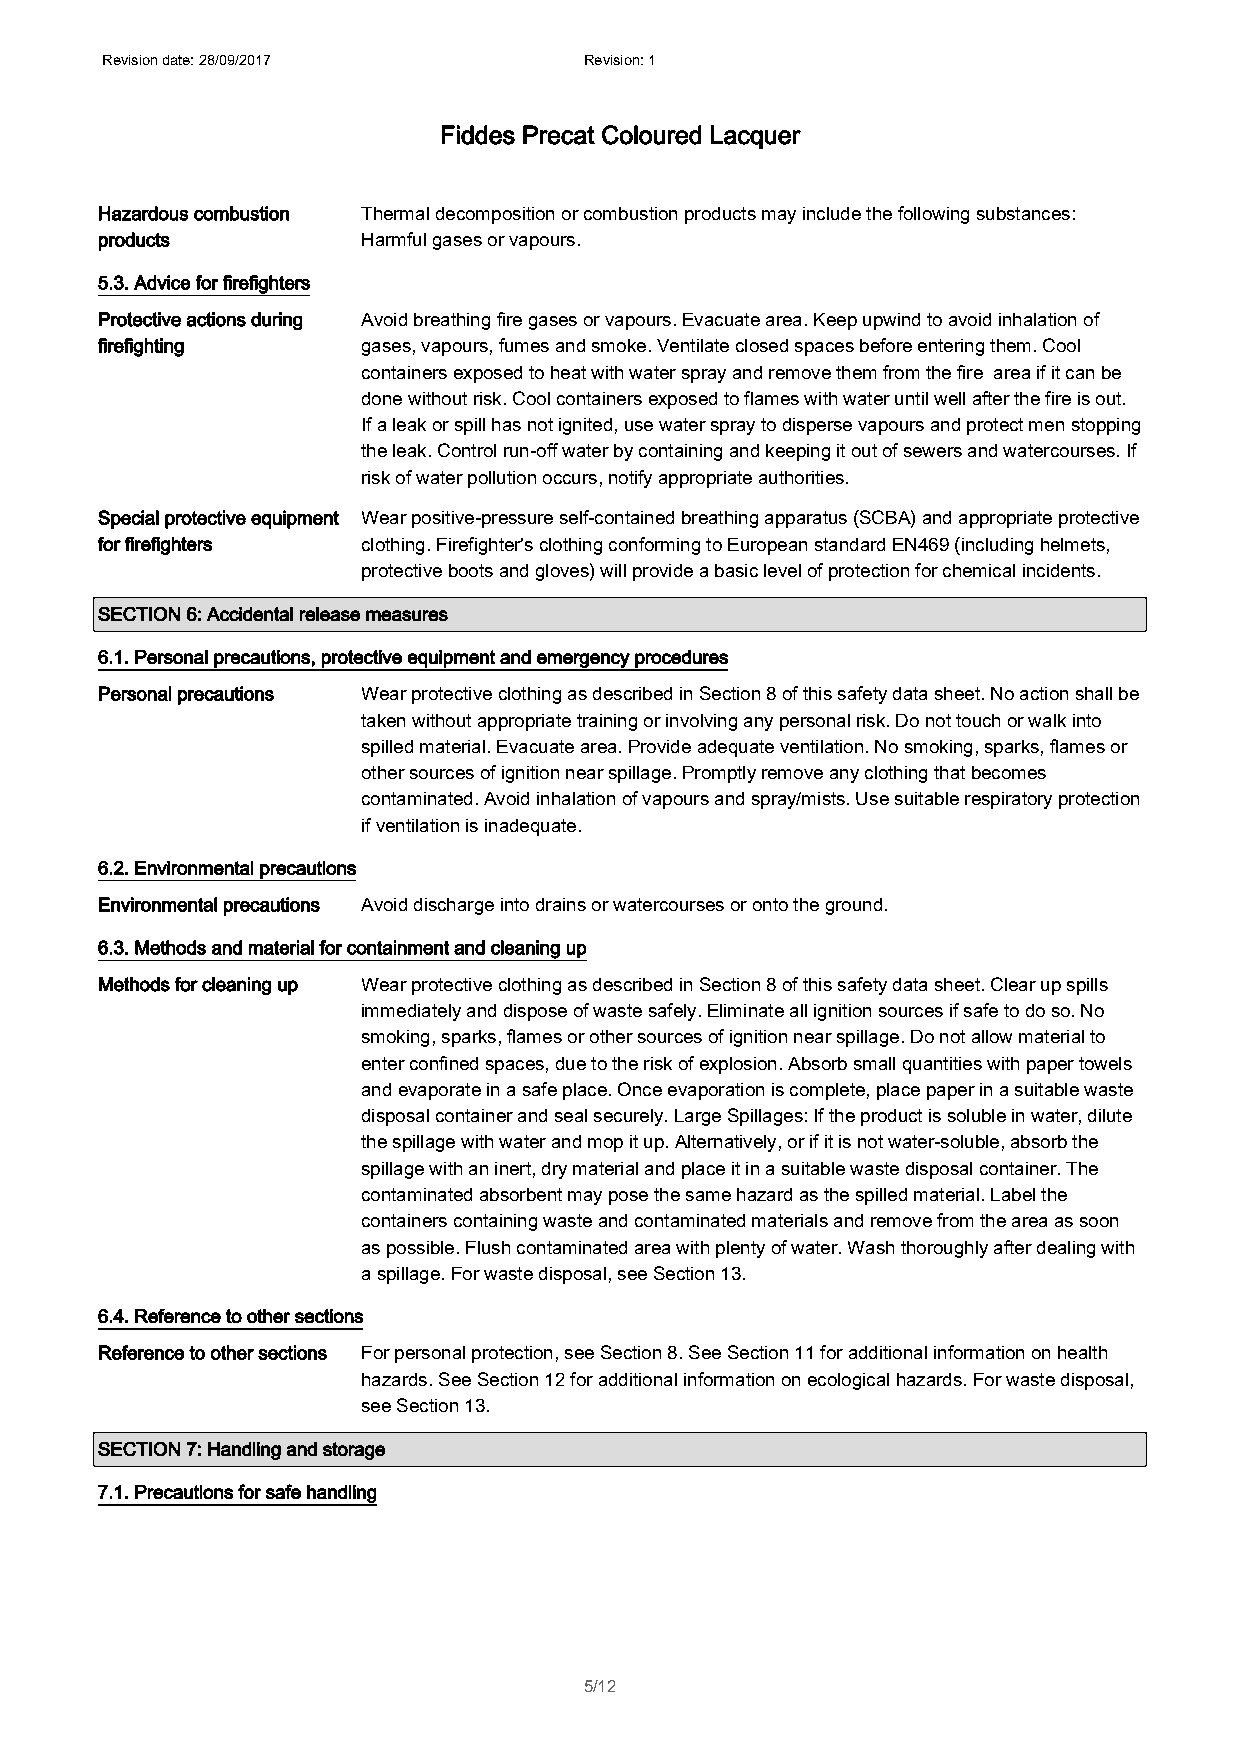
Revision date: 28/09/2017       Revision: 1
 Fiddes Precat Coloured Lacquer
 Hazardous combustion Thermal decomposition or combustion products may include the following substances:
 products          Harmful gases or vapours.
 5.3. Advice for firefighters
 Protective actions during Avoid breathing fire gases or vapours. Evacuate area. Keep upwind to avoid inhalation of
 firefighting      gases, vapours, fumes and smoke. Ventilate closed spaces before entering them. Cool
 containers exposed to heat with water spray and remove them from the fire area if it can be
 done without risk. Cool containers exposed to flames with water until well after the fire is out.
 If a leak or spill has not ignited, use water spray to disperse vapours and protect men stopping
 the leak. Control run-off water by containing and keeping it out of sewers and watercourses. If
 risk of water pollution occurs, notify appropriate authorities.
 Special protective equipment Wear positive-pressure self-contained breathing apparatus (SCBA) and appropriate protective
 for firefighters  clothing. Firefighter's clothing conforming to European standard EN469 (including helmets,
 protective boots and gloves) will provide a basic level of protection for chemical incidents.
 SECTION 6: Accidental release measures
 6.1. Personal precautions, protective equipment and emergency procedures
 Personal precautions Wear protective clothing as described in Section 8 of this safety data sheet. No action shall be
 taken without appropriate training or involving any personal risk. Do not touch or walk into
 spilled material. Evacuate area. Provide adequate ventilation. No smoking, sparks, flames or
 other sources of ignition near spillage. Promptly remove any clothing that becomes
 contaminated. Avoid inhalation of vapours and spray/mists. Use suitable respiratory protection
 if ventilation is inadequate.
 6.2. Environmental precautions
 Environmental precautions Avoid discharge into drains or watercourses or onto the ground.
 6.3. Methods and material for containment and cleaning up
 Methods for cleaning up Wear protective clothing as described in Section 8 of this safety data sheet. Clear up spills
 immediately and dispose of waste safely. Eliminate all ignition sources if safe to do so. No
 smoking, sparks, flames or other sources of ignition near spillage. Do not allow material to
 enter confined spaces, due to the risk of explosion. Absorb small quantities with paper towels
 and evaporate in a safe place. Once evaporation is complete, place paper in a suitable waste
 disposal container and seal securely. Large Spillages: If the product is soluble in water, dilute
 the spillage with water and mop it up. Alternatively, or if it is not water-soluble, absorb the
 spillage with an inert, dry material and place it in a suitable waste disposal container. The
 contaminated absorbent may pose the same hazard as the spilled material. Label the
 containers containing waste and contaminated materials and remove from the area as soon
 as possible. Flush contaminated area with plenty of water. Wash thoroughly after dealing with
 a spillage. For waste disposal, see Section 13.
 6.4. Reference to other sections
 Reference to other sections For personal protection, see Section 8. See Section 11 for additional information on health
 hazards. See Section 12 for additional information on ecological hazards. For waste disposal,
 see Section 13.
 SECTION 7: Handling and storage
 7.1. Precautions for safe handling
 5/12